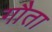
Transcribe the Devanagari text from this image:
गौता